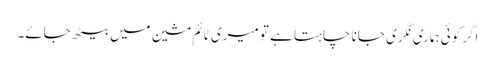
اگر کوئی ہماری نگری جانا چاہتا ہے تو میری ٹائم مشین میں بیٹھ جائے۔